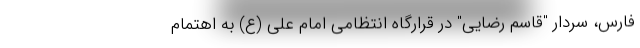
فارس، سردار "قاسم رضایی" در قرارگاه انتظامی امام علی (ع) به اهتمام